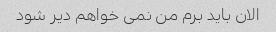
الان باید برم من نمی خواهم دیر شود